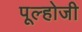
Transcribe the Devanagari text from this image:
पूल्होजी